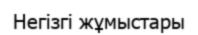
Негізгі жұмыстары